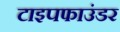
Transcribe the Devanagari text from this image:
टाइपफाउंडर